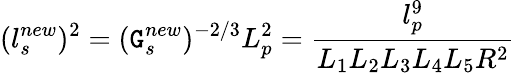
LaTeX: (l_{s}^{new})^{2}=(\mathtt{G}_{s}^{new})^{-2/3}L_{p}^{2}=\frac{{l_{p}^{9}}}{{L_{1}L_{2}L_{3}L_{4}L_{5}R^{2}}}